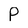
Character: P